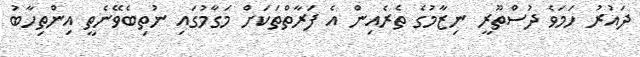
ދައުރު ހަމަވެ ދުސްތޫރީ ނިޒާމުގެ ތެރެއިން އެ ފަރާތްތަކަށް މަގާމުގައި ނުތިބެވޭނެތީ އިންތިހާބު